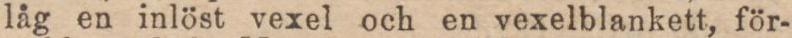
låg en inlöst vexel och en vexelblankett, för-